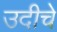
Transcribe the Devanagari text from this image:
उदीचे